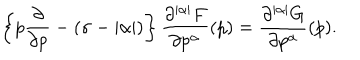
\left\{ p \frac { \partial } { \partial p } - ( \sigma - | \alpha | ) \right\} \frac { \partial ^ { | \alpha | } F } { \partial p ^ { \alpha } } ( p ) = \frac { \partial ^ { | \alpha | } G } { \partial p ^ { \alpha } } ( p ) .